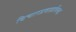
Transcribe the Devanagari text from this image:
विचारप्रवाहाविरुद्ध